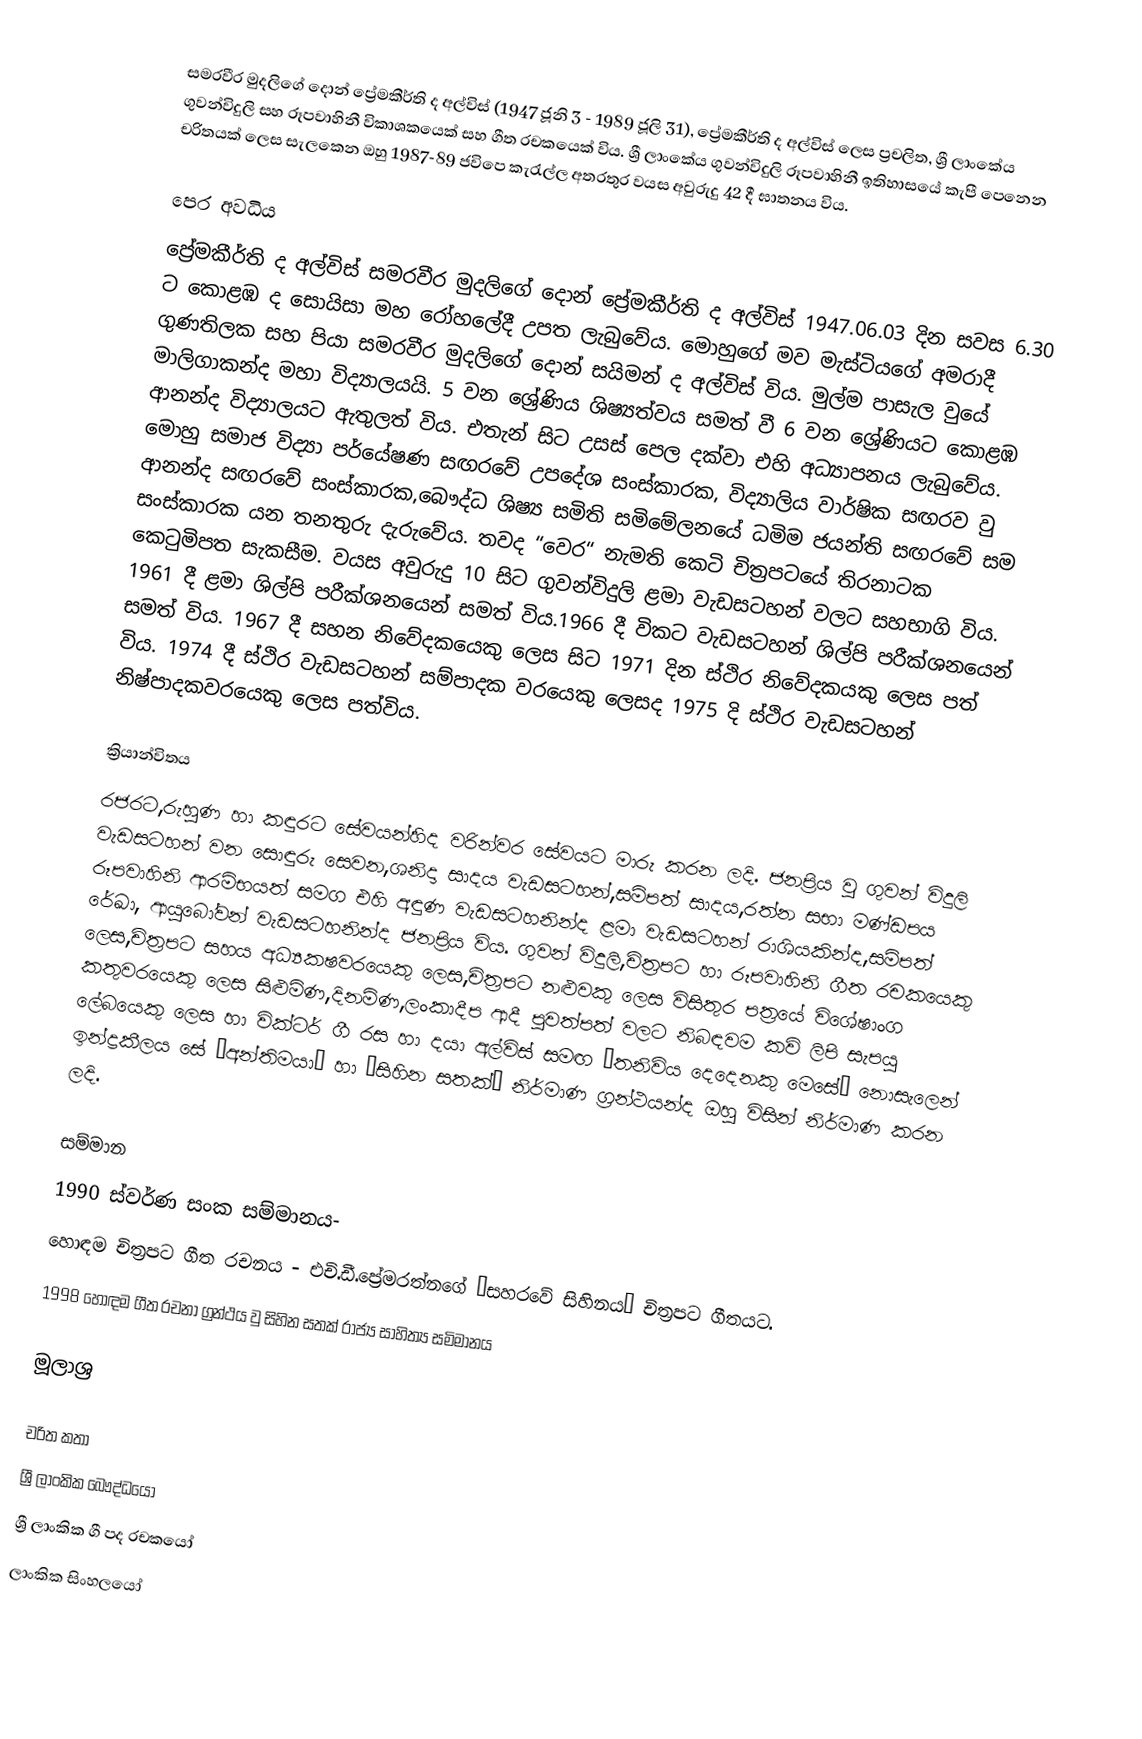
සමරවීර මුදලිගේ දොන් ප්‍රේමකීර්ති ද අල්විස් (1947 ජූනි 3 - 1989 ජූලි 31), ප්‍රේමකීර්ති ද අල්විස්  ලෙස ප්‍රචලිත, ශ්‍රී ලාංකේය ගුවන්විදුලි සහ රූපවාහිනී විකාශකයෙක් සහ ගීත රචකයෙක් විය.  ශ්‍රී ලාංකේය ගුවන්විදුලි රූපවාහිනී ඉතිහාසයේ කැපී පෙනෙන චරිතයක් ලෙස සැලකෙන ඔහු 1987-89 ජවිපෙ කැරැල්ල අතරතුර වයස අවුරුදු 42 දී ඝාතනය විය.

පෙර අවධිය
ප්‍රේමකීර්ති ද අල්විස් සමරවීර මුදලිගේ දොන් ප්‍රේමකීර්ති ද අල්විස් 1947.06.03 දින සවස 6.30 ට කොළඹ ද සොයිසා මහ රෝහලේදී උපත ලැබුවේය. මොහුගේ මව මැස්ටියගේ අමරාදී ගුණතිලක සහ පියා සමරවීර මුදලිගේ දොන් සයිමන් ද අල්විස් විය. මුල්ම පාසැල වුයේ මාලිගාකන්ද මහා විද්‍යාලයයි. 5 වන ශ්‍රේණිය ශිෂ්‍යත්වය සමත් වී 6 වන ශ්‍රේණියට කොළඹ ආනන්ද විද්‍යාලයට ඇතුලත් විය. එතැන් සිට උසස් පෙල දක්වා එහි අධ්‍යාපනය ලැබුවේය. මොහු සමාජ විද්‍යා පර්යේෂණ සඟරවේ උපදේශ සංස්කාරක, විද්‍යාලිය වාර්ෂික සඟරව වු ආනන්ද සඟරවේ සංස්කාරක,බෞද්ධ ශිෂ්‍ය සමිති සමිමේලනයේ ධමිම ජයන්ති සඟරවේ සම සංස්කාරක යන තනතුරු දැරුවේය. තවද “වෙර“ නැමති කෙටි චිත්‍රපටයේ තිරනාටක කෙටුමිපත සැකසීම. වයස අවුරුදු 10 සිට ගුවන්විදුලි ළමා වැඩසටහන් වලට සහභාගි විය. 1961 දී ළමා ශිල්පි පරීක්ශනයෙන් සමත් විය.1966 දී විකට වැඩසටහන් ශිල්පි පරීක්ශනයෙන් සමත් විය. 1967 දී සහන නිවේදකයෙකු ලෙස සිට 1971 දින ස්ථිර නිවේදකයකු ලෙස පත් විය. 1974 දී ස්ථිර වැඩසටහන් සම්පාදක වරයෙකු ලෙසද 1975 දි ස්ථිර වැඩසටහන් නිෂ්පාදකවරයෙකු ලෙස පත්විය.

ක්‍රියාන්විතය
රජරට,රුහුණ හා කඳුරට සේවයන්හිද වරින්වර සේවයට මාරු කරන ලදි. ජනප්‍රිය වු ගුවන් විදුලි වැඩසටහන් වන සොඳුරු සෙවන,ශනිදා සාදය වැඩසටහන්,සමිපත් සාදය,රත්න සභා මණ්ඩපය රූපවාහිනි ආරමිභයත් සමග එහි අඳුණ වැඩසටහනින්ද ළමා වැඩසටහන් රාශියකින්ද,සමිපත් රේඛා, ආයුබෝවන් වැඩසටහනින්ද ජනප්‍රිය විය. ගුවන් විදුලි,චිත්‍රපට හා රූපවාහිනි ගීත රචකයෙකු ලෙස,චිත්‍රපට සහය අධ්‍යකෂවරයෙකු ලෙස,චිත්‍රපට නළුවකු ලෙස විසිතුර පත්‍රයේ විශේෂාංග කතුවරයෙකු ලෙස සිළුමිණ,දිනමිණ,ලංකාදීප ආදී පුවත්පත් වලට නිබඳවම කවි ලිපි සැපයු ලේබයෙකු ලෙස හා වික්ටර් ගී රස හා දයා අල්විස් සමඟ “තනිවිය දෙදෙනකු මෙසේ“ නොසැලෙන් ඉන්ද්‍රකීලය සේ “අන්තිමයා“ හා “සිහින සතක්“ නිර්මාණ ග්‍රන්ථයන්ද ඔහු විසින් නිර්මාණ කරන ලදි.

සම්මාන
1990 ස්වර්ණ සංක සම්මානය-
හොඳම චිත්‍රපට ගීත රචනය - එචි.ඩී.ප්‍රේමරත්නගේ “සහරවේ සිහිනය“ චිත්‍රපට ගීතයට.
1998 හොඳම ගීත රචනා ග්‍රන්ථය වු සිහින සතක් රාජ්‍ය සාහිත්‍ය සමිමානය

මූලාශ්‍ර

චරිත කතා
ශ්‍රී ලාංකික බෞද්ධයෝ
ශ්‍රී ලාංකික ගී පද රචකයෝ
ලාංකික සිංහලයෝ